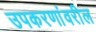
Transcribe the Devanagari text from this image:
उपकरणांवरील